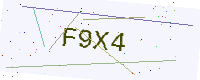
Text: F9X4